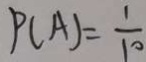
P ( A ) = \frac { 1 } { 1 0 }